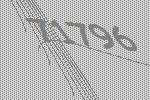
71796